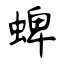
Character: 蜱